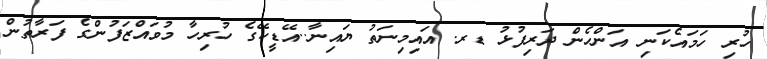
ހުރި ހަމައެކަނި އަންހެން ދަރިފުޅު ޑރ. އައިމިނަތު ޔައިނާ..އޭޑީކޭގެ ހުރިހާ މުވައްޒަފުންގެ ފަރާތުން